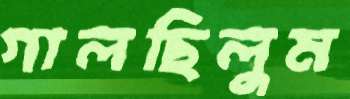
গালছিলুম